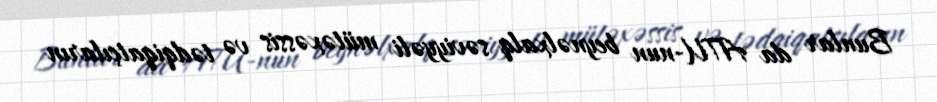
Bunlar da ATU-nun beynəlxalq səviyyəli mütəxəssis və tədqiqatçıların